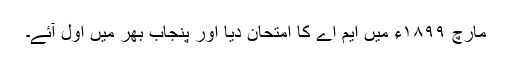
مارچ ١٨٩٩ء میں ایم اے کا امتحان دیا اور پنجاب بھر میں اوّل آئے۔